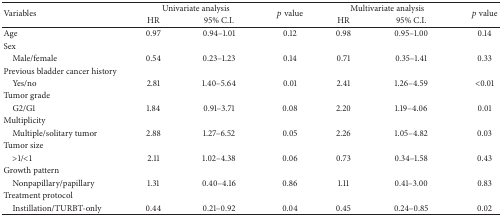
<table><thead><tr><td rowspan="2"><b>Variables</b></td><td colspan="2"><b>Univariate analysis</b></td><td rowspan="2"><b><i>p</i> value</b></td><td colspan="2"><b>Multivariate analysis</b></td><td rowspan="2"><b><i>p</i> value</b></td></tr><tr><td><b>HR</b></td><td><b>95% C.I.</b></td><td><b>HR</b></td><td><b>95% C.I.</b></td></tr></thead><tbody><tr><td>Age</td><td>0.97</td><td>0.94–1.01</td><td>0.12</td><td>0.98</td><td>0.95–1.00</td><td>0.14</td></tr><tr><td>Sex </td><td> </td><td> </td><td> </td><td> </td><td> </td><td> </td></tr><tr><td> Male/female</td><td>0.54</td><td>0.23–1.23</td><td>0.14</td><td>0.71</td><td>0.35–1.41</td><td>0.33</td></tr><tr><td>Previous bladder cancer history</td><td> </td><td> </td><td> </td><td> </td><td> </td><td> </td></tr><tr><td> Yes/no</td><td>2.81</td><td>1.40–5.64</td><td>0.01</td><td>2.41</td><td>1.26–4.59</td><td>&lt;0.01</td></tr><tr><td>Tumor grade </td><td> </td><td> </td><td> </td><td> </td><td> </td><td> </td></tr><tr><td> G2/G1</td><td>1.84</td><td>0.91–3.71</td><td>0.08</td><td>2.20</td><td>1.19–4.06</td><td>0.01</td></tr><tr><td>Multiplicity </td><td> </td><td> </td><td> </td><td> </td><td> </td><td> </td></tr><tr><td> Multiple/solitary tumor</td><td>2.88</td><td>1.27–6.52</td><td>0.05</td><td>2.26</td><td>1.05–4.82</td><td>0.03</td></tr><tr><td>Tumor size </td><td> </td><td> </td><td> </td><td> </td><td> </td><td> </td></tr><tr><td> &gt;1/&lt;1</td><td>2.11</td><td>1.02–4.38</td><td>0.06</td><td>0.73</td><td>0.34–1.58</td><td>0.43</td></tr><tr><td>Growth pattern</td><td> </td><td> </td><td> </td><td> </td><td> </td><td> </td></tr><tr><td> Nonpapillary/papillary</td><td>1.31</td><td>0.40–4.16</td><td>0.86</td><td>1.11</td><td>0.41–3.00</td><td>0.83</td></tr><tr><td>Treatment protocol </td><td> </td><td> </td><td> </td><td> </td><td> </td><td> </td></tr><tr><td> Instillation/TURBT-only</td><td>0.44</td><td>0.21–0.92</td><td>0.04</td><td>0.45</td><td>0.24–0.85</td><td>0.02</td></tr></tbody></table>